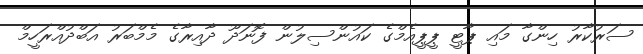
ސަރުކާރު ހިންގާ މައި ޕާޓީ ޕީޕީއެމްގެ ކައުންސިލުން ފޮނަދޫ ދާއިރާގެ މެމްބަރު އަބްދުއްރަހީމް